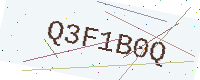
Text: Q3F1B0Q